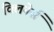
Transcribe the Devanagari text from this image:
क्लिनेर्स